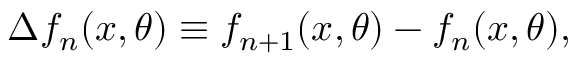
\Delta f _ { n } ( x , \theta ) \equiv f _ { n + 1 } ( x , \theta ) - f _ { n } ( x , \theta ) ,